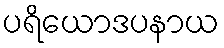
ပရိယောဒပနာယ